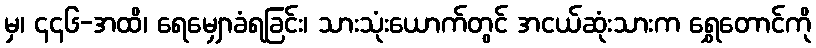
မှ၊ ၄၄၆-အထိ၊ ရေမျှောခံရခြင်း၊ သားသုံးယောက်တွင် အငယ်ဆုံးသားက ရွှေတောင်ကို